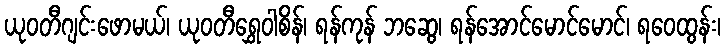
ယုဝတီဂျင်းဖောမယ်၊ ယုဝတီရွှေဝါစိန်၊ ရန်ကုန် ဘဆွေ၊ ရန်အောင်မောင်မောင်၊ ရဝေထွန်း၊